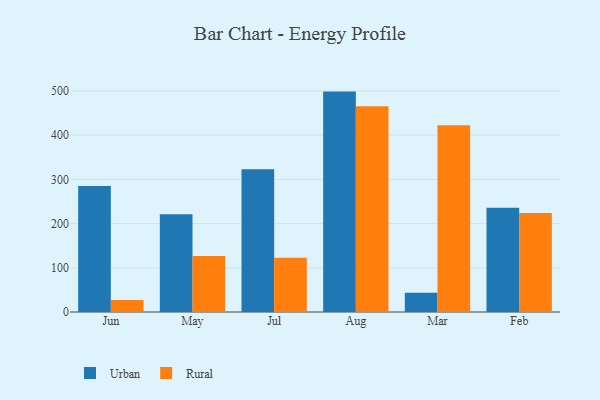
{"axis": {"x": "Month", "y": "Tickets Resolved"}, "legend": ["Rural", "Urban"], "data": [{"x": "Jun", "y": 284.9, "type": "Urban"}, {"x": "Jun", "y": 27.1, "type": "Rural"}, {"x": "May", "y": 221.0, "type": "Urban"}, {"x": "May", "y": 126.8, "type": "Rural"}, {"x": "Jul", "y": 322.6, "type": "Urban"}, {"x": "Jul", "y": 122.9, "type": "Rural"}, {"x": "Aug", "y": 498.5, "type": "Urban"}, {"x": "Aug", "y": 465.4, "type": "Rural"}, {"x": "Mar", "y": 43.8, "type": "Urban"}, {"x": "Mar", "y": 422.5, "type": "Rural"}, {"x": "Feb", "y": 235.6, "type": "Urban"}, {"x": "Feb", "y": 223.9, "type": "Rural"}]}